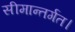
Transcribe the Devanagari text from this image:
सीमान्तर्गत।